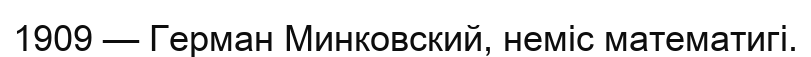
1909 — Герман Минковский, неміс математигі.